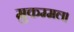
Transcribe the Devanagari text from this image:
मुकम्मल।